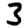
Digit: 3